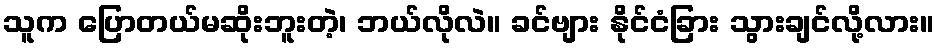
သူက ပြောတယ်မဆိုးဘူးတဲ့၊ ဘယ်လိုလဲ။ ခင်ဗျား နိုင်ငံခြား သွားချင်လို့လား။